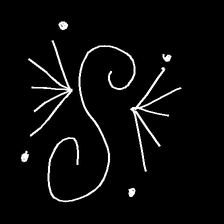
Glyph: aeroform